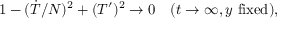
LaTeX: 1 - ( \dot { T } / N ) ^ { 2 } + ( T ^ { \prime } ) ^ { 2 } \to 0 \quad ( t \to \infty , y \mathrm { ~ f i x e d } ) ,